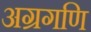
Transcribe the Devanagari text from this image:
अग्रगणि